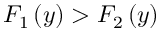
F _ { 1 } \left( y \right) > F _ { 2 } \left( y \right)